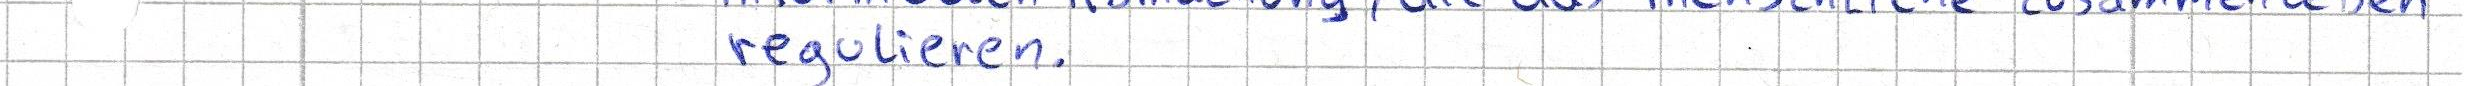
regulieren.